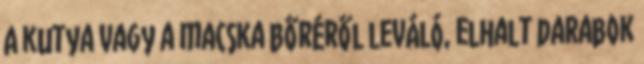
A kutya vagy a macska bőréről leváló, elhalt darabok